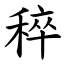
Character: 稡